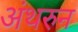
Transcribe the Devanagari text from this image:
अंथरुन